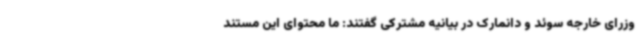
وزرای خارجه سوئد و دانمارک در بیانیه مشترکی گفتند: ما محتوای این مستند